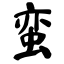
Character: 蛮